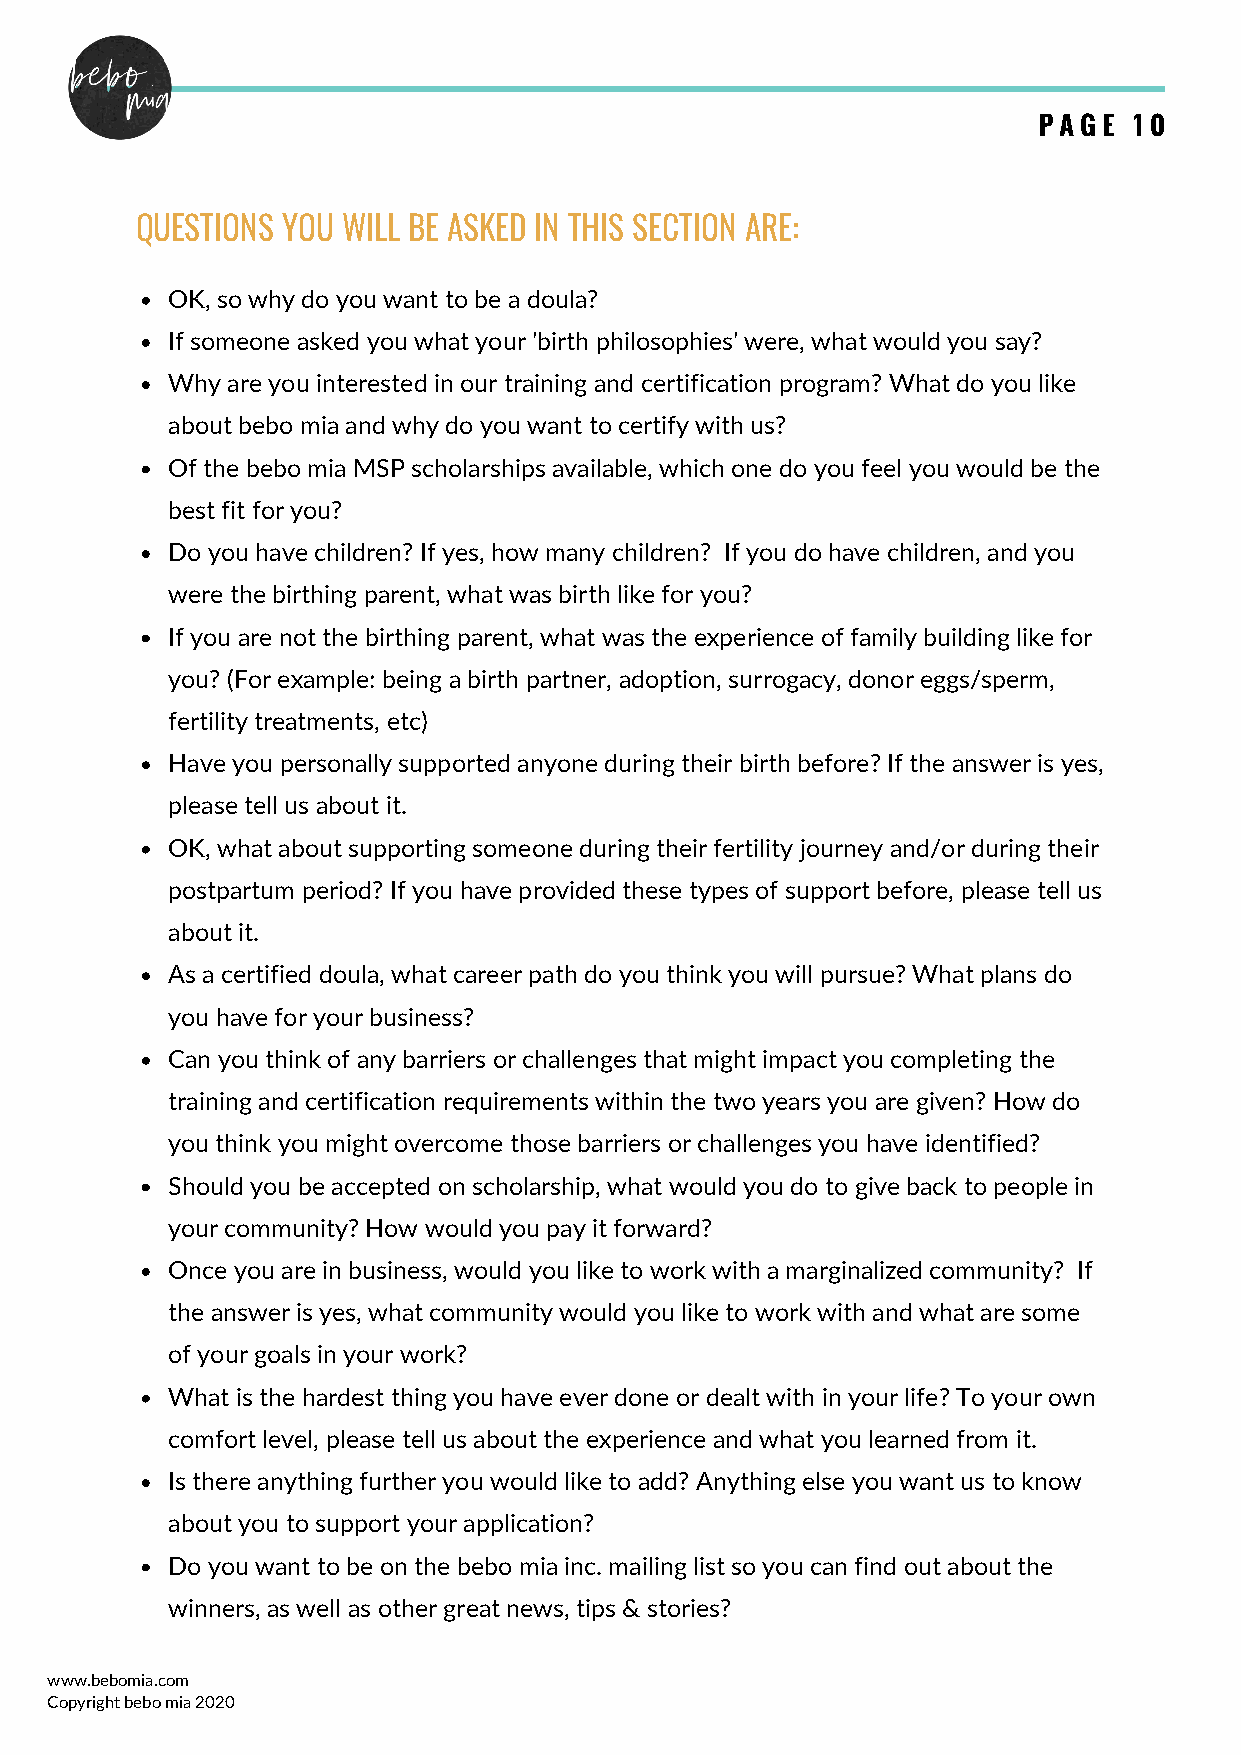
PAGE  10
 QUESTIONS YOU WILL BE ASKED IN THIS SECTION ARE:
 OK, so why do you want to be a doula?
 If someone asked you what your 'birth philosophies' were, what would you say?
 Why are you interested in our training and certification program? What do you like
 about bebo mia and why do you want to certify with us?
 Of the bebo mia MSP scholarships available, which one do you feel you would be the
 best fit for you?
 Do you have children? If yes, how many children? If you do have children, and you
 were the birthing parent, what was birth like for you?
 If you are not the birthing parent, what was the experience of family building like for
 you? (For example: being a birth partner, adoption, surrogacy, donor eggs/sperm,
 fertility treatments, etc)
 Have you personally supported anyone during their birth before? If the answer is yes,
 please tell us about it.
 OK, what about supporting someone during their fertility journey and/or during their
 postpartum period? If you have provided these types of support before, please tell us
 about it.
 As a certified doula, what career path do you think you will pursue? What plans do
 you have for your business?
 Can you think of any barriers or challenges that might impact you completing the
 training and certification requirements within the two years you are given? How do
 you think you might overcome those barriers or challenges you have identified?
 Should you be accepted on scholarship, what would you do to give back to people in
 your community? How would you pay it forward?
 Once you are in business, would you like to work with a marginalized community? If
 the answer is yes, what community would you like to work with and what are some
 of your goals in your work?
 What is the hardest thing you have ever done or dealt with in your life? To your own
 comfort level, please tell us about the experience and what you learned from it.
 Is there anything further you would like to add? Anything else you want us to know
 about you to support your application?
 Do you want to be on the bebo mia inc. mailing list so you can find out about the
 winners, as well as other great news, tips & stories?
 www.bebomia.com
 Copyright bebo mia 2020